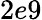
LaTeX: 2e9